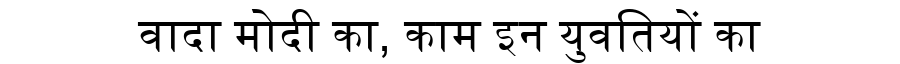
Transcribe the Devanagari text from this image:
वादा मोदी का, काम इन युवतियों का